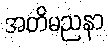
အတိမညနာ